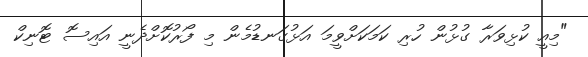
"މިއީ ކުޅިވަރާ ގުޅުން ހުރި ކަމަކަށްވީމަ އަޅުގަނޑުމެން މި ފޯރުކޮށްދެނީ އައިސޮ ޓޮނިކް